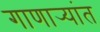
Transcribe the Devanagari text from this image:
गाणार्‍यांत